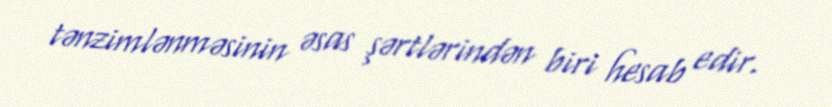
tənzimlənməsinin əsas şərtlərindən biri hesab edir.